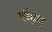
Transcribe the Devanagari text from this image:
बौद्ध्